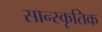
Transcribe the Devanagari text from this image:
सान्स्कृतिक